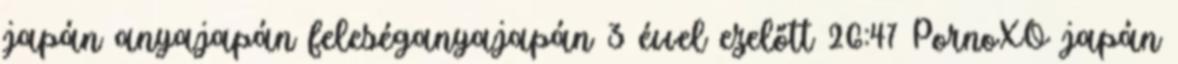
japán anyajapán feleséganyajapán 3 évvel ezelőtt 26:47 PornoXO japán